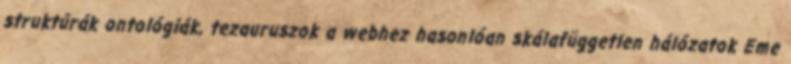
struktúrák ontológiák, tezauruszok a webhez hasonlóan skálafüggetlen hálózatok Eme